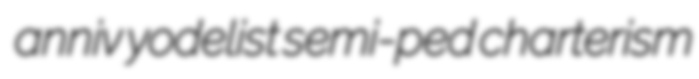
anniv yodelist semi-ped charterism